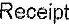
RECEIPT